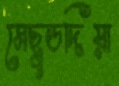
মেছুডদিয়া